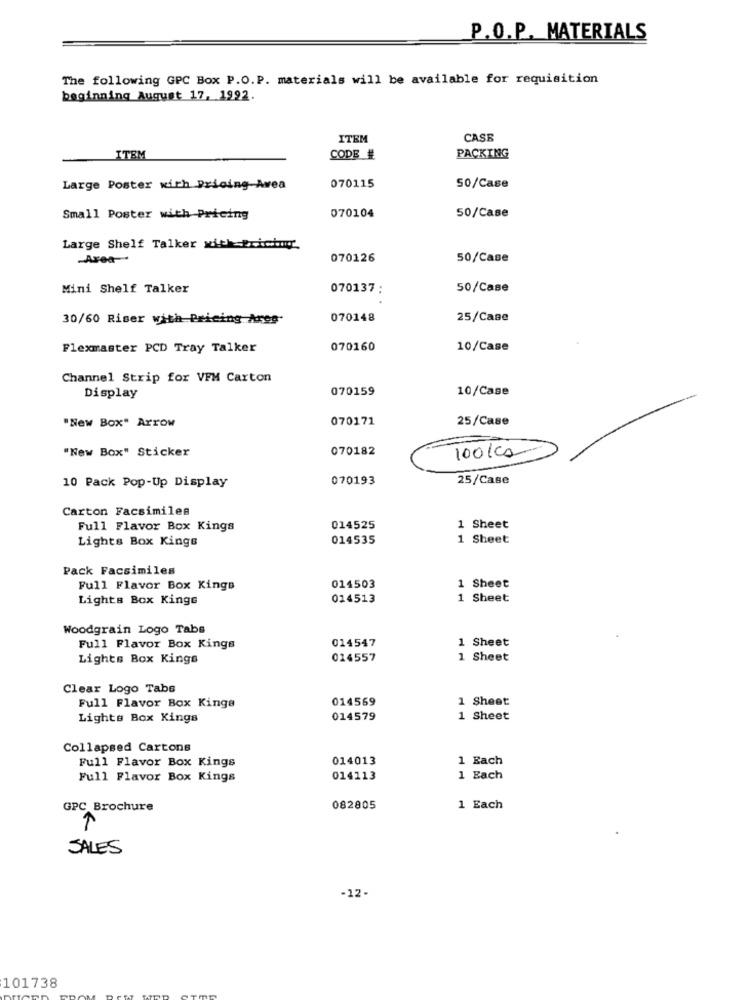
P.O.P. MATERIALS
The following GPC Box P.O. P. materials will be available for requisition
beginning August 17, 1992.
ITEM
CASE
ITEM
CODE #
PACKING
Large Poster with Pricing Avea
070115
50/Case
070104
Small Poster with Pricing
50/Case
Large Shelf Talker with Brichno
-Area-
070126
50/Case
Mini Shelf Talker
070137 :
50/Case
30/60 Riser with Pricing Areg-
070148
25/Case
Flexmaster PCD Tray Talker
070160
10/Case
Channel Strip for VFM Carton
070159
10/Case
Display
070171
25/Case
"New Box" Arrow
"New Box" Sticker
070182
100kg
10 Pack Pop-Up Display
070193
25/Case
Carton Facsimiles
Full Flavor Box Kings
014525
1 Sheet
Lights Box Kings
014535
1 Sheet
Pack Facsimiles
Full Flavor Box Kings
014503
1 Sheet
Lights Box Kings
014513
1 Sheet
Woodgrain Logo Tabs
014547
1 Sheet
Full Flavor Box Kings
Lights Box Kings
014557
1 Sheet
Clear Logo Tabs
Full Flavor Box Kings
014569
1 Sheet
Lights Box Kings
014579
1 Sheet
Collapsed Cartons
Full Flavor Box Kings
014013
1 Each
Full Flavor Box Kings
014113
1 Each
GPC Brochure
082805
1 Each
SALES
-12-
101738